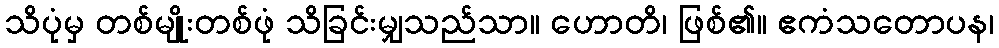
သိပုံမှ တစ်မျိုးတစ်ဖုံ သိခြင်းမျှသည်သာ။ ဟောတိ၊ ဖြစ်၏။ ဧကံသတောပန၊